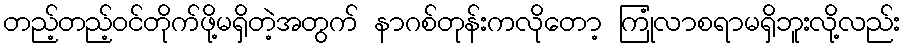
တည့်တည့်ဝင်တိုက်ဖို့မရှိတဲ့အတွက် နာဂစ်တုန်းကလိုတော့ ကြုံလာစရာမရှိဘူးလို့လည်း